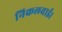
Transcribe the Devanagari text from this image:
निकलवाई।